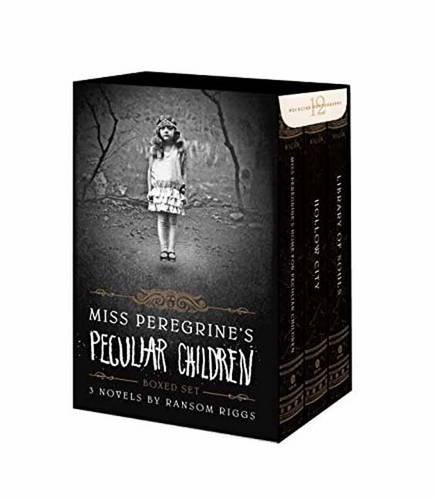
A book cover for Miss Peregrine's Peculiar Children Boxed Set; Ransom Riggs; Teen & Young Adult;